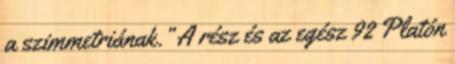
a szimmetriának.” A rész és az egész 92 Platón